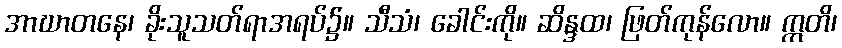
အာဃာတနေ၊ ခိုးသူသတ်ရာအရပ်၌။ သီသံ၊ ခေါင်းကို။ ဆိန္ဒထ၊ ဖြတ်ကုန်လော။ ဣတိ၊